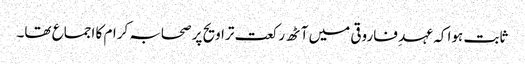
ثابت ہوا کہ عہد ِ فاروقی میں آٹھ رکعت تراویح پر صحابہ کرام کا اجماع تھا۔